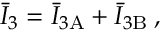
\bar { I } _ { 3 } = \bar { I } _ { 3 \mathrm { A } } + \bar { I } _ { 3 \mathrm { B } } \: ,